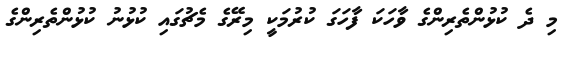
މި ދެ ކުޅުންތެރިންގެ ވާހަކަ ފާހަގަ ކުރުމަކީ މިރޭގެ މެޗުގައި ކުޅުނު ކުޅުންތެރިންގެ